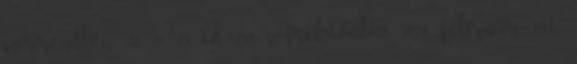
sorrendben: 27, 27, 23. id=1784 Archiválva 2006. február 24-i